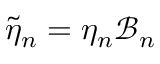
\widetilde { \eta } _ { n } = \eta _ { n } \mathcal { B } _ { n }